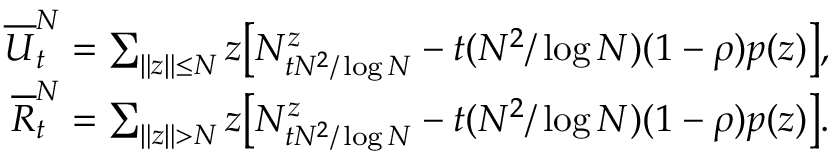
\begin{array} { r } { \overline { { U } } _ { t } ^ { N } = \sum _ { \| z \| \leq N } z \big [ N _ { t N ^ { 2 } / \log N } ^ { z } - t ( N ^ { 2 } / \log N ) ( 1 - \rho ) p ( z ) \big ] , } \\ { \overline { { R } } _ { t } ^ { N } = \sum _ { \| z \| > N } z \big [ N _ { t N ^ { 2 } / \log N } ^ { z } - t ( N ^ { 2 } / \log N ) ( 1 - \rho ) p ( z ) \big ] . } \end{array}